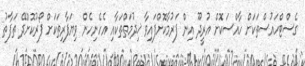
ގެސްޓްހައުސްތަކަށް ހާއްސަކޮށް އުރީދޫ އިން ފަރުމާކޮށްފައިވާ ޚިދުމަތްތަކާއި އެހެނިހެން ވިޔަފާރިތަކަށް ފޯރުކޮށްދޭ ތަފާތު